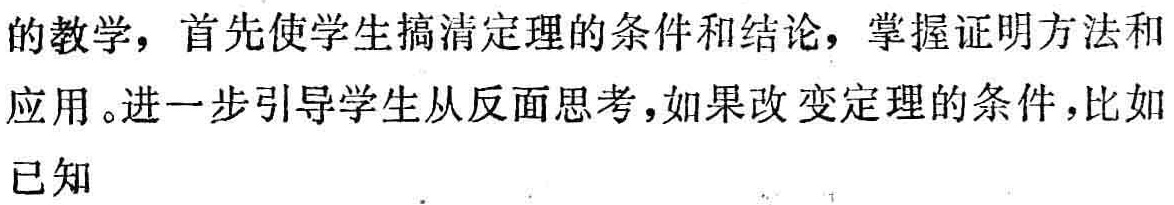
的教学，首先使学生搞清定理的条件和结论，掌握证明方法和应用。进一步引导学生从反面思考，如果改变定理的条件，比如已知